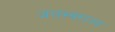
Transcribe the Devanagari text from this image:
जलस्वराज्य